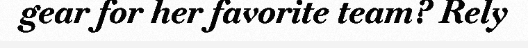
gear for her favorite team? Rely